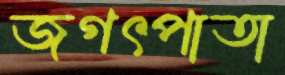
জগৎপাতা